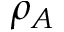
\rho _ { A }